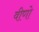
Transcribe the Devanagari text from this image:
वीणो